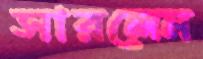
সারলেন